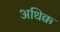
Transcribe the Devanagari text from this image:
अधिक्क